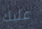
عليك